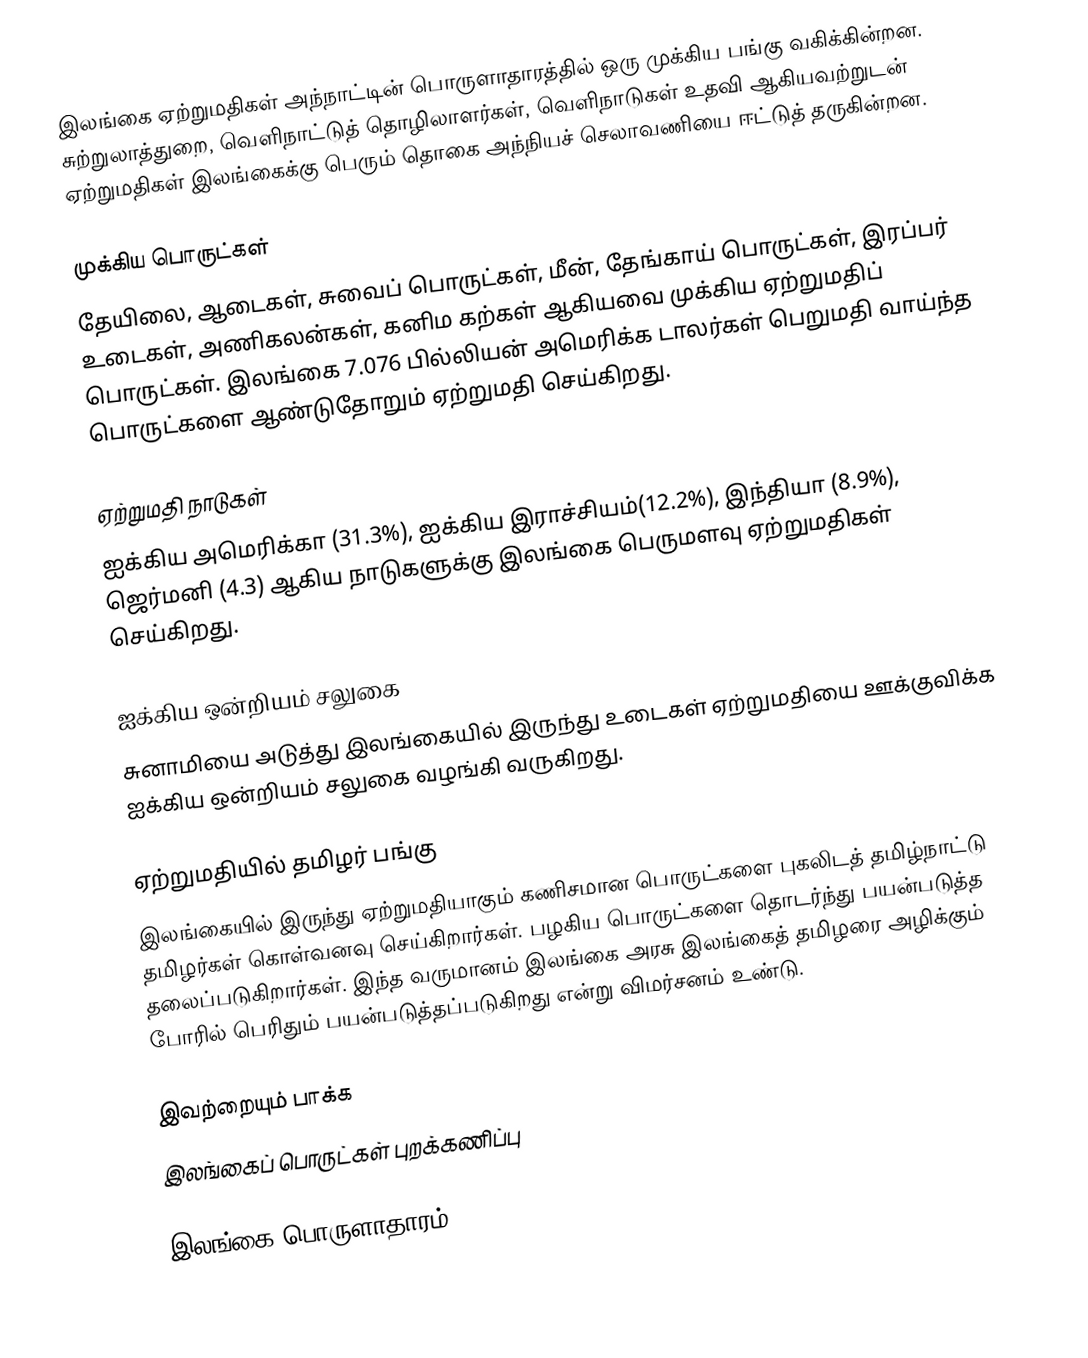
இலங்கை ஏற்றுமதிகள் அந்நாட்டின் பொருளாதாரத்தில் ஒரு முக்கிய பங்கு வகிக்கின்றன.  சுற்றுலாத்துறை, வெளிநாட்டுத் தொழிலாளர்கள், வெளிநாடுகள் உதவி ஆகியவற்றுடன் ஏற்றுமதிகள் இலங்கைக்கு பெரும் தொகை அந்நியச் செலாவணியை ஈட்டுத் தருகின்றன.

முக்கிய பொருட்கள்
தேயிலை, ஆடைகள், சுவைப் பொருட்கள், மீன், தேங்காய் பொருட்கள், இரப்பர் உடைகள், அணிகலன்கள், கனிம கற்கள் ஆகியவை முக்கிய ஏற்றுமதிப் பொருட்கள்.  இலங்கை 7.076 பில்லியன் அமெரிக்க டாலர்கள் பெறுமதி வாய்ந்த பொருட்களை ஆண்டுதோறும் ஏற்றுமதி செய்கிறது.

ஏற்றுமதி நாடுகள்
ஐக்கிய அமெரிக்கா (31.3%), ஐக்கிய இராச்சியம்(12.2%), இந்தியா (8.9%), ஜெர்மனி (4.3) ஆகிய நாடுகளுக்கு இலங்கை பெருமளவு ஏற்றுமதிகள் செய்கிறது.

ஐக்கிய ஒன்றியம் சலுகை
சுனாமியை அடுத்து இலங்கையில் இருந்து உடைகள் ஏற்றுமதியை ஊக்குவிக்க ஐக்கிய ஒன்றியம் சலுகை வழங்கி வருகிறது.

ஏற்றுமதியில் தமிழர் பங்கு
இலங்கையில் இருந்து ஏற்றுமதியாகும் கணிசமான பொருட்களை புகலிடத் தமிழ்நாட்டு தமிழர்கள் கொள்வனவு செய்கிறார்கள். பழகிய பொருட்களை தொடர்ந்து பயன்படுத்த தலைப்படுகிறார்கள். இந்த வருமானம் இலங்கை அரசு இலங்கைத் தமிழரை அழிக்கும் போரில் பெரிதும் பயன்படுத்தப்படுகிறது என்று விமர்சனம் உண்டு.

இவற்றையும் பாக்க
இலங்கைப் பொருட்கள் புறக்கணிப்பு

இலங்கை பொருளாதாரம்